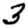
Digit: 3